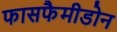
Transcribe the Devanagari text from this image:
फासफैमीडोन